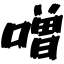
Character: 噌